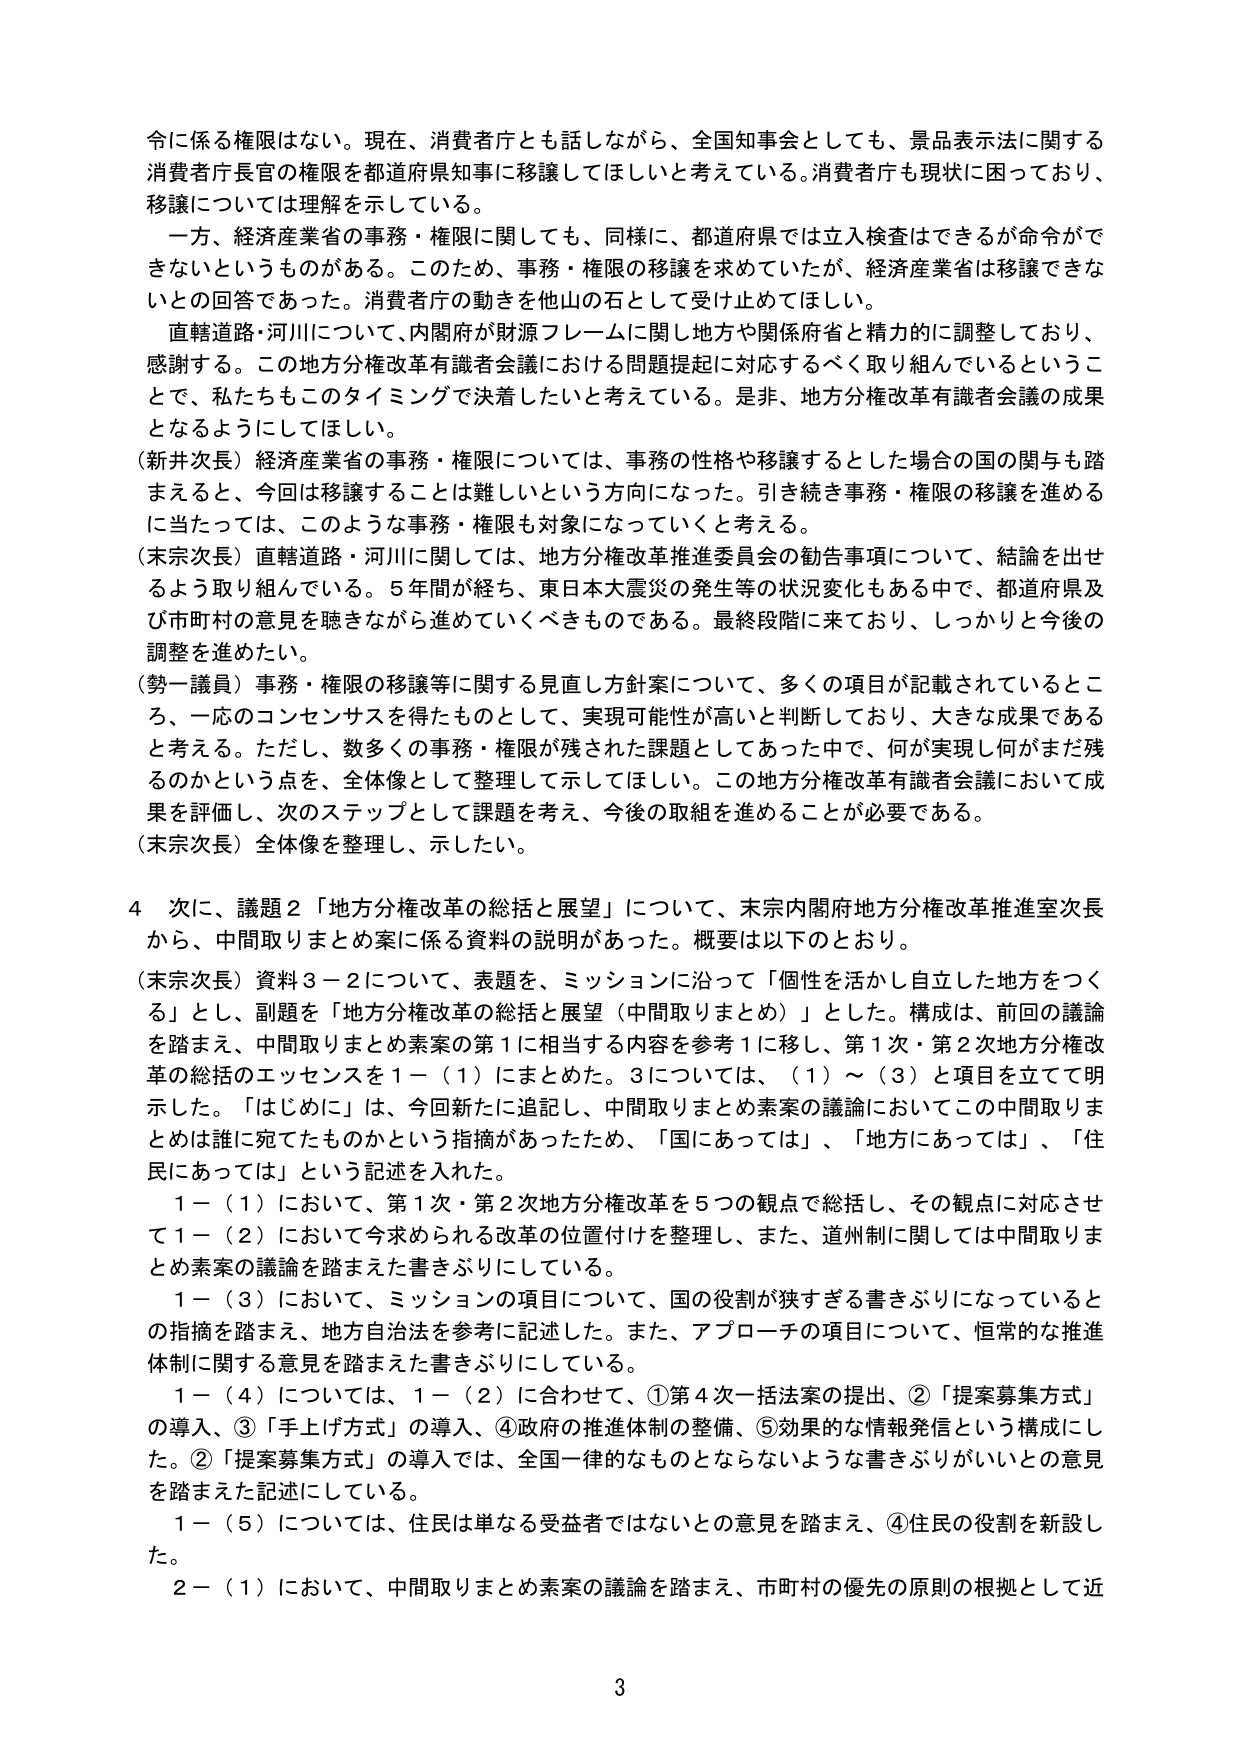
令に係る権限はない。現在、消費者庁とも話しながら、全国知事会としても、景品表示法に関する消費者庁長官の権限を都道府県知事に移譲してほしいと考えている。消費者庁も現状に困っており、移譲については理解を示している。

一方、経済産業省の事務・権限に関しても、同様に、都道府県では立入検査はできるが命令ができないというものがある。このため、事務・権限の移譲を求めていたが、経済産業省は移譲できないとの回答であった。消費者庁の動きを他山の石として受け止めてほしい。

直轄道路・河川について、内閣府が財源フレームに関し地方や関係府省と精力的に調整しており、感謝する。この地方分権改革有識者会議における問題提起に対応するべく取り組んでいるということで、私たちもこのタイミングで決着したいと考えている。是非、地方分権改革有識者会議の成果となるようにしてほしい。

（新井次長）経済産業省の事務・権限については、事務の性格や移譲するとした場合の国の関与も踏まえると、今回は移譲することは難しいという方向になった。引き続き事務・権限の移譲を進めるに当たっては、このような事務・権限も対象になっていくと考える。

（末宗次長）直轄道路・河川に関しては、地方分権改革推進委員会の勧告事項について、結論を出せるよう取り組んでいる。5年間が経ち、東日本大震災の発生等の状況変化もある中で、都道府県及び市町村の意見を聴きながら進めていくべきものである。最終段階に来ており、しっかり今後の調整を進めたい。

（勢一議員）事務・権限の移譲等に関する見直し方針案について、多くの項目が記載されているところ、一応のコンセンサスを得たものとして、実現可能性が高いと判断しており、大きな成果であると考える。ただし、数多くの事務・権限が残された課題としてあった中で、何が実現し何がまだ残るのかという点を、全体像として整理して示してほしい。この地方分権改革有識者会議において成果を評価し、次のステップとして課題を考え、今後の取組を進めることが必要である。

（末宗次長）全体像を整理し、示したい。

4 次に、議題2「地方分権改革の総括と展望」について、末宗内閣府地方分権改革推進室次長から、中間取りまとめ案に係る資料の説明があった。概要は以下のとおり。

（末宗次長）資料3－2について、表題を、ミッションに沿って「個性を活かし自立した地方をつくる」とし、副題を「地方分権改革の総括と展望（中間取りまとめ）」とした。構成は、前回の議論を踏まえ、中間取りまとめ素案の第1に相当する内容を参考1に移し、第1次・第2次地方分権改革の総括のエッセンスを1－（1）にまとめた。3については、（1）～（3）と項目を立てて明示した。「はじめに」は、今回新たに追記し、中間取りまとめ素案の議論においてこの中間取りまとめは誰に宛てたものかという指摘があったため、「国にあっては」、「地方にあっては」、「住民にあっては」という記述を入れた。

1－（1）において、第1次・第2次地方分権改革を5つの観点で総括し、その観点に対応させて1－（2）において今求められる改革の位置付けを整理し、また、道州制に関しては中間取りまとめ素案の議論を踏まえた書きぶりにしている。

1－（3）において、ミッションの項目について、国の役割が狭すぎる書きぶりになっているとの指摘を踏まえ、地方自治法を参考に記述した。また、アプローチの項目について、恒常的な推進体制に関する意見を踏まえた書きぶりにしている。

1－（4）については、1－（2）に合わせて、①第4次一括法案の提出、②「提案募集方式」の導入、③「手上げ方式」の導入、④政府の推進体制の整備、⑤効果的な情報発信という構成にした。②「提案募集方式」の導入では、全国一律的なものとならないような書きぶりがいいとの意見を踏まえた記述にしている。

1－（5）については、住民は単なる受益者ではないとの意見を踏まえ、④住民の役割を新設した。

2－（1）において、中間取りまとめ素案の議論を踏まえ、市町村の優先の原則の根拠として近

3